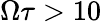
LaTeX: \Omega\tau>10